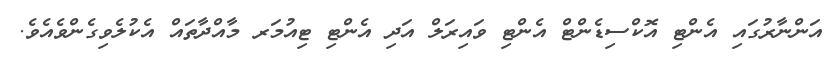
އަންނާރުގައި އެންޓި އޮކްސިޑެންޓް އެންޓި ވައިރަލް އަދި އެންޓި ޓިއުމަރ މާއްދާތައް އެކުލެވިގެންވެއެވެ.